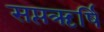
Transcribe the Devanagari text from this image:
सप्तऋर्षि